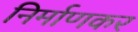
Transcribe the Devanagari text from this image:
निर्माणकर